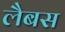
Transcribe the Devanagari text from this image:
लैबस